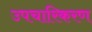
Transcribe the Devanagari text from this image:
उपचारिकरण